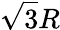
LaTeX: {\sqrt{3}}R